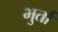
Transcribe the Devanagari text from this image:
भुर्ता